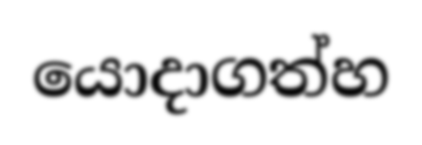
යොදාගත්හ